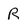
Character: R